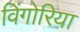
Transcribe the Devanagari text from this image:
विंगोरिया